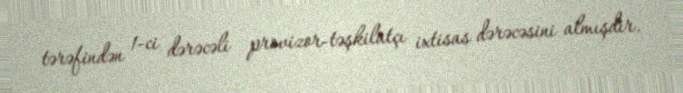
tərəfindən 1-ci dərəcəli provizor-təşkilatçı ixtisas dərəcəsini almışdır.